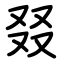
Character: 叕